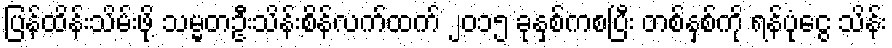
ပြန်ထိန်းသိမ်းဖို့ သမ္မတဦးသိန်းစိန်လက်ထက် ၂၀၁၅ ခုနှစ်ကစပြီး တစ်နှစ်ကို ရန်ပုံငွေ သိန်း